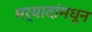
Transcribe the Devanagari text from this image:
मर्यादांमधून